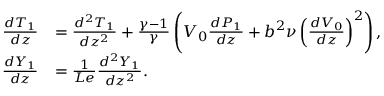
\begin{array} { r l } { \frac { d { T } _ { 1 } } { d z } } & { = \frac { d ^ { 2 } { T } _ { 1 } } { d z ^ { 2 } } + \frac { \gamma - 1 } { \gamma } \left( { V } _ { 0 } \frac { d { P } _ { 1 } } { d z } + b ^ { 2 } \nu \left( \frac { d V _ { 0 } } { d z } \right) ^ { 2 } \right) , } \\ { \frac { d { Y } _ { 1 } } { d z } } & { = \frac { 1 } { L e } \frac { d ^ { 2 } { Y } _ { 1 } } { d z ^ { 2 } } . } \end{array}